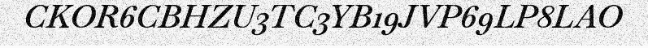
CKOR6CBHZU3TC3YB19JVP69LP8LAO